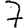
Digit: 7